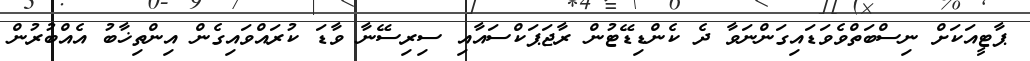
ޕާޓީއަކަށް ނިސްބަތްވެވަޑައިގަންނަވާ ދެ ކެންޑިޑޭޓުން ރާޖަޕަކްސައާއި ސިރިސޭނާ ވާޑަ ކުރައްވައިގެން އިންތިޚާބު އެއްބުރުން